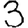
Digit: 3